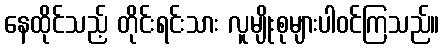
နေထိုင်သည့် တိုင်းရင်းသား လူမျိုးစုများပါဝင်ကြသည်။